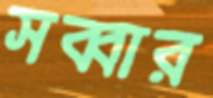
সব্বার